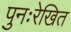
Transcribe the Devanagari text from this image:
पुनःरेखित